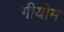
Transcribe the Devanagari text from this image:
गीयोम